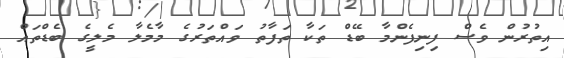
އިތުރުން ވެސް ފިނިފެންމާ ބޭޑް ތަކާ ތަފާތު ވައްތަރުގެ މާމެލާ މެލީގެ ބެޑްތައް